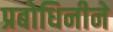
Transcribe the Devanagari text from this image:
प्रबोधिनीने